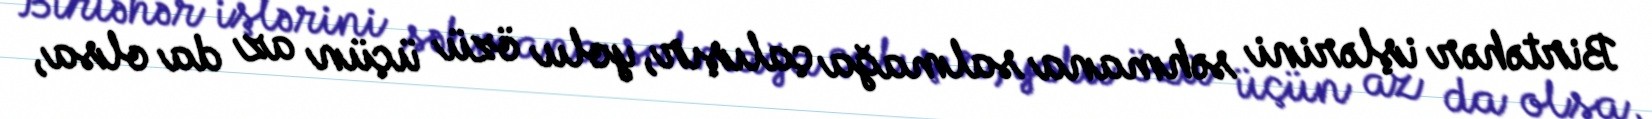
Birtəhər işlərini səhmana salmağa çalışır, yolu özü üçün az da olsa,